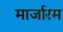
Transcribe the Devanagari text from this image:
मार्जारम